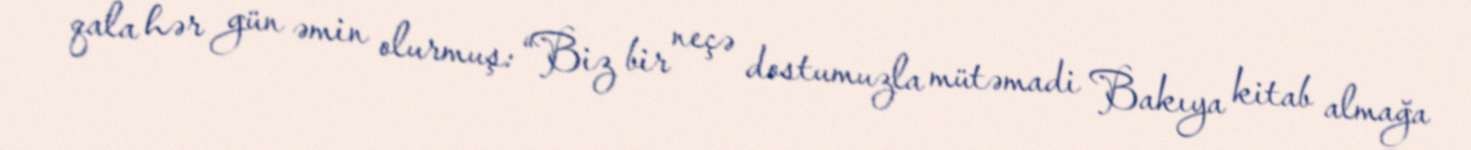
qala hər gün əmin olurmuş: “Biz bir neçə dostumuzla mütəmadi Bakıya kitab almağa